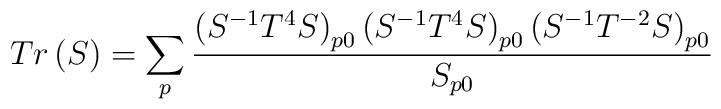
Tr\left( S\right) =\sum _{p}\frac{\left( S^{-1}T^{4}S\right) _{p0}\left( S^{-1}T^{4}S\right) _{p0}\left( S^{-1}T^{-2}S\right) _{p0}}{S_{p0}}